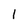
Character: 1